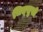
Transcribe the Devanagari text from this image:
चित्‌सुखी